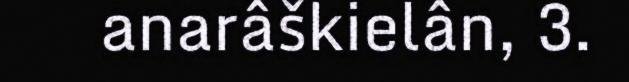
anarâškielân, 3.